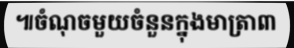
៕ចំណុចមួយចំនួនក្នុងមាត្រា៣